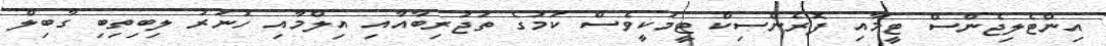
އިންޓެލިޖެންސް ޓީމާއި ފޮރެންސިކް ޓީމަކީވެސް ކަމުގެ ތަޖުރިބާއާއި އިލްމާއި ހުނަރު ލިބިތިބި ގާބިލް